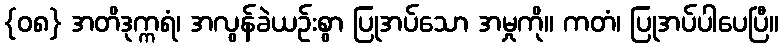
{၀၈} အတိဒုက္ကရံ၊ အလွန်ခဲယဉ်းစွာ ပြုအပ်သော အမှုကို။ ကတံ၊ ပြုအပ်ပါပေပြီ။